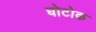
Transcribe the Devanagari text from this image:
घोटोक